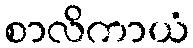
စာလိကာယံ